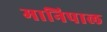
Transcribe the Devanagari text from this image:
मानिपाल